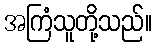
အကြံသူတို့သည်။